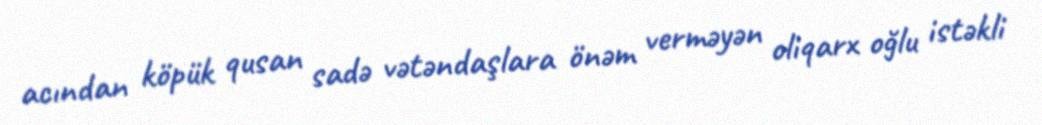
acından köpük qusan sadə vətəndaşlara önəm verməyən oliqarx oğlu istəkli